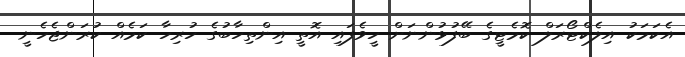
އެކަމަކު އިލެކްޓޯރަލް ކޮމެޓީގެ ބޭފުޅުންނަށް ހީވެފައި އޮތީ އިންތިހާބުގެ ހުރިހާ ކަމެއް ކުރަންޖެހެނީ